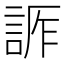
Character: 𧨊